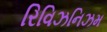
રિવિઝનિઝમ